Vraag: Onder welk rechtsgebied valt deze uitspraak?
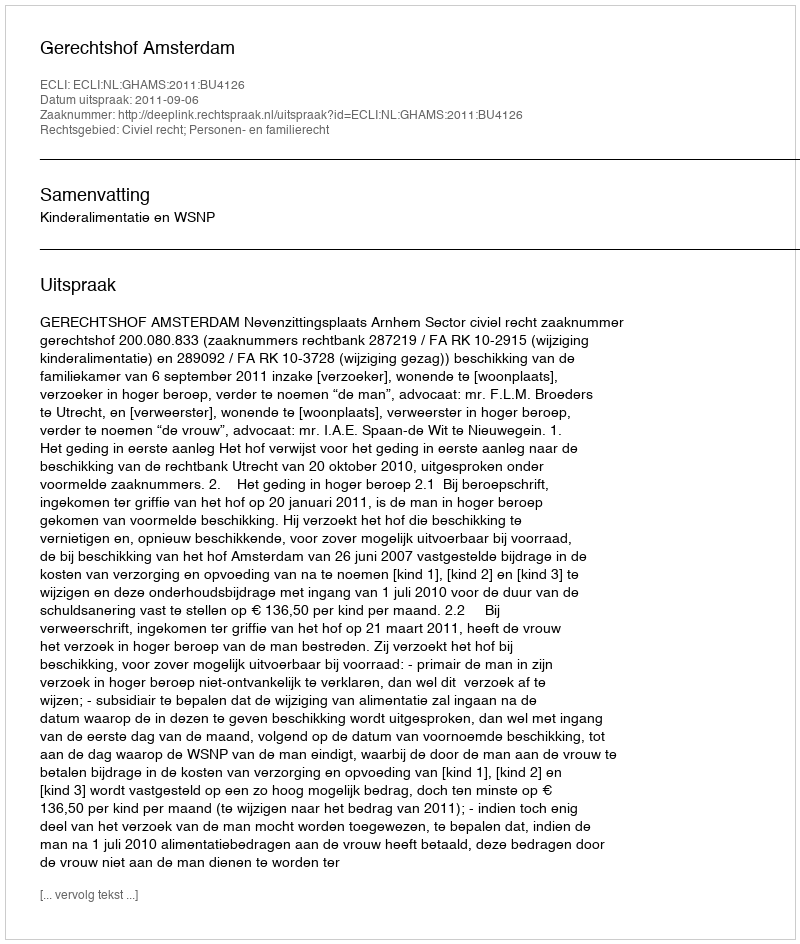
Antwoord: Civiel recht; Personen- en familierecht